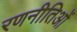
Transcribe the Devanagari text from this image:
रणनीतिओं